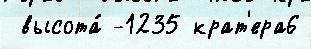
 высота́ -1235 крат'ера6